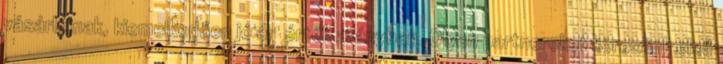
vásárlóinak, kiemelkedően jó ár érték arányban. Olyan partnereket keresünk első